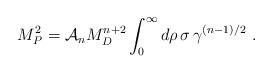
LaTeX: \begin{align*}M_P^2 = {\cal A}_n M_D^{n+2} \int_0^\infty d\rho\, \sigma\, \gamma^{(n-1)/2}~.\end{align*}